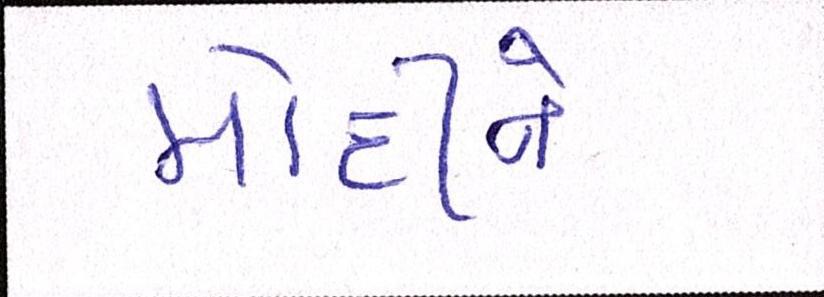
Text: મોદીને